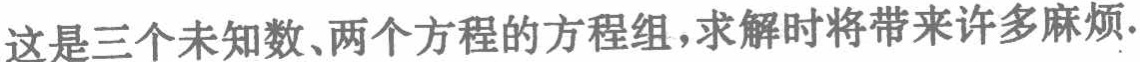
这是三个未知数、两个方程的方程组，求解时将带来许多麻烦.